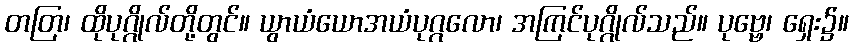
တတြ၊ ထိုပုဂ္ဂိုလ်တို့တွင်။ ယွာယံယောအယံပုဂ္ဂလော၊ အကြင်ပုဂ္ဂိုလ်သည်။ ပုဗ္ဗေ၊ ရှေး၌။